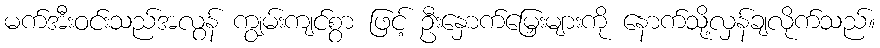
မက်အီးဝင်းသည်အလွန် ကျွမ်းကျင်စွာ ဖြင့် ဦးနှောက်မြှေးများကို နောက်သို့လှန်ချလိုက်သည်။